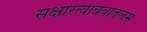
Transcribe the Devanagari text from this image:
सक्षारत्वान्नवातलम्